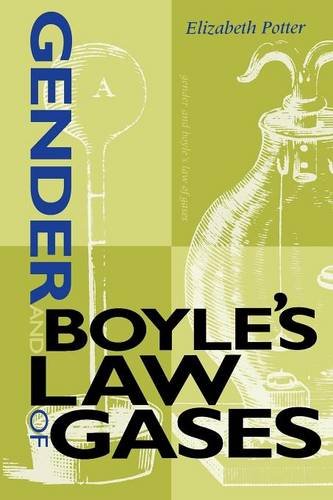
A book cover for Gender and Boyle's Law of Gases:; Elizabeth Potter; Science & Math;